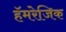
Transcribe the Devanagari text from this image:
हॅमरेजिक